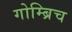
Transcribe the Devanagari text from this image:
गोम्ब्रिच